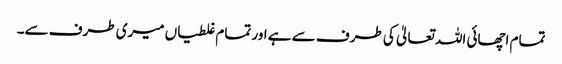
تمام اچھائی اللہ تعالیٰ کی طرف سے ہے اور تمام غلطیاں میری طرف سے۔